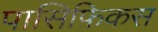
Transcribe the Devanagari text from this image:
पासिफ़िकस